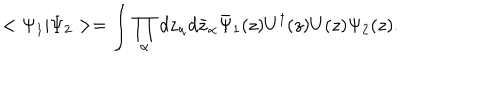
LaTeX: < \Psi _ { 1 } | \Psi _ { 2 } > = \int \prod _ { \alpha } d z _ { \alpha } d \bar { z } _ { \alpha } \bar { \Psi } _ { 1 } ( z ) U ^ { \dagger } ( z ) U ( z ) \Psi _ { 2 } ( z ) .